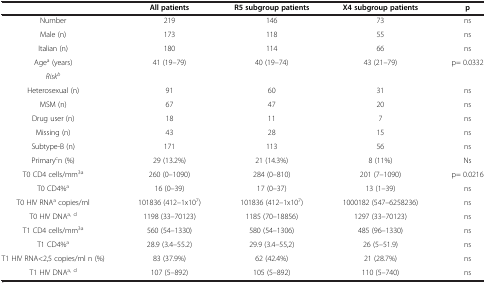
|  | All patients | R5 subgroup patients | X4 subgroup patients | p |
 | --- | --- | --- | --- | --- |
 | Number | 219 | 146 | 73 | ns |
 | Male (n) | 173 | 118 | 55 | ns |
 | Italian (n) | 180 | 114 | 66 | ns |
 | Agea (years) | 41 (19–79) | 40 (19–74) | 43 (21–79) | p= 0.0332 |
 | Riskb |  |  |  |  |
 | Heterosexual (n) | 91 | 60 | 31 | ns |
 | MSM (n) | 67 | 47 | 20 | ns |
 | Drug user (n) | 18 | 11 | 7 | ns |
 | Missing (n) | 43 | 28 | 15 | ns |
 | Subtype-B (n) | 171 | 113 | 56 | ns |
 | Primarycn (%) | 29 (13.2%) | 21 (14.3%) | 8 (11%) | Ns |
 | T0 CD4 cells/mm3a | 260 (0–1090) | 284 (0–810) | 201 (7–1090) | p= 0.0216 |
 | T0 CD4%a | 16 (0–39) | 17 (0–37) | 13 (1–39) | ns |
 | T0 HIV RNAa copies/ml | 101836 (412–1x107) | 101836 (412–1x107) | 1000182 (547–6258236) | ns |
 | T0 HIV DNAa, d | 1198 (33–70123) | 1185 (70–18856) | 1297 (33–70123) | ns |
 | T1 CD4 cells/mm3a | 560 (54–1330) | 580 (54–1306) | 485 (96–1330) | ns |
 | T1 CD4%a | 28.9 (3.4–55.2) | 29.9 (3.4–55,2) | 26 (5–51.9) | ns |
 | T1 HIV RNA<2,5 copies/ml n (%) | 83 (37.9%) | 62 (42.4%) | 21 (28.7%) | ns |
 | T1 HIV DNAa, d | 107 (5–892) | 105 (5–892) | 110 (5–740) | ns |